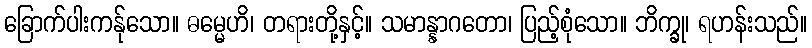
ခြောက်ပါးကန်ုသော။ ဓမ္မေဟိ၊ တရားတို့နှင့်။ သမာန္နာဂတော၊ ပြည့်စုံသော။ ဘိက္ခု၊ ရဟန်းသည်။